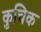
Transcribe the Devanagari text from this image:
कुचिक